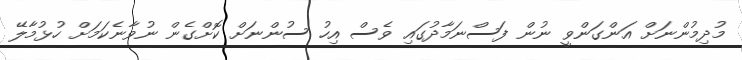
މުދިމުންނަށް އަންގަންވީ ނުން ފަސްނަމާދުގައި ވެސް އިހު ސުންނަށް ކޮށްގެން ނުވާނެކަމަށް ހުޅުމާލޭ